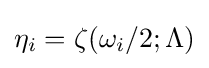
\eta _{i}=\zeta (\omega _{i}/2;\Lambda )